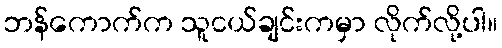
ဘန်ကောက်က သူငယ်ချင်းကမှာ လိုက်လို့ပါ။